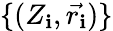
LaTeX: \{ (Z_{\mathbf{i}},\vec{{r_{\mathbf{i}}}})\}